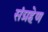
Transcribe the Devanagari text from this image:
संग्रहेण